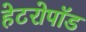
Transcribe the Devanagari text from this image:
हेटरोपॉड